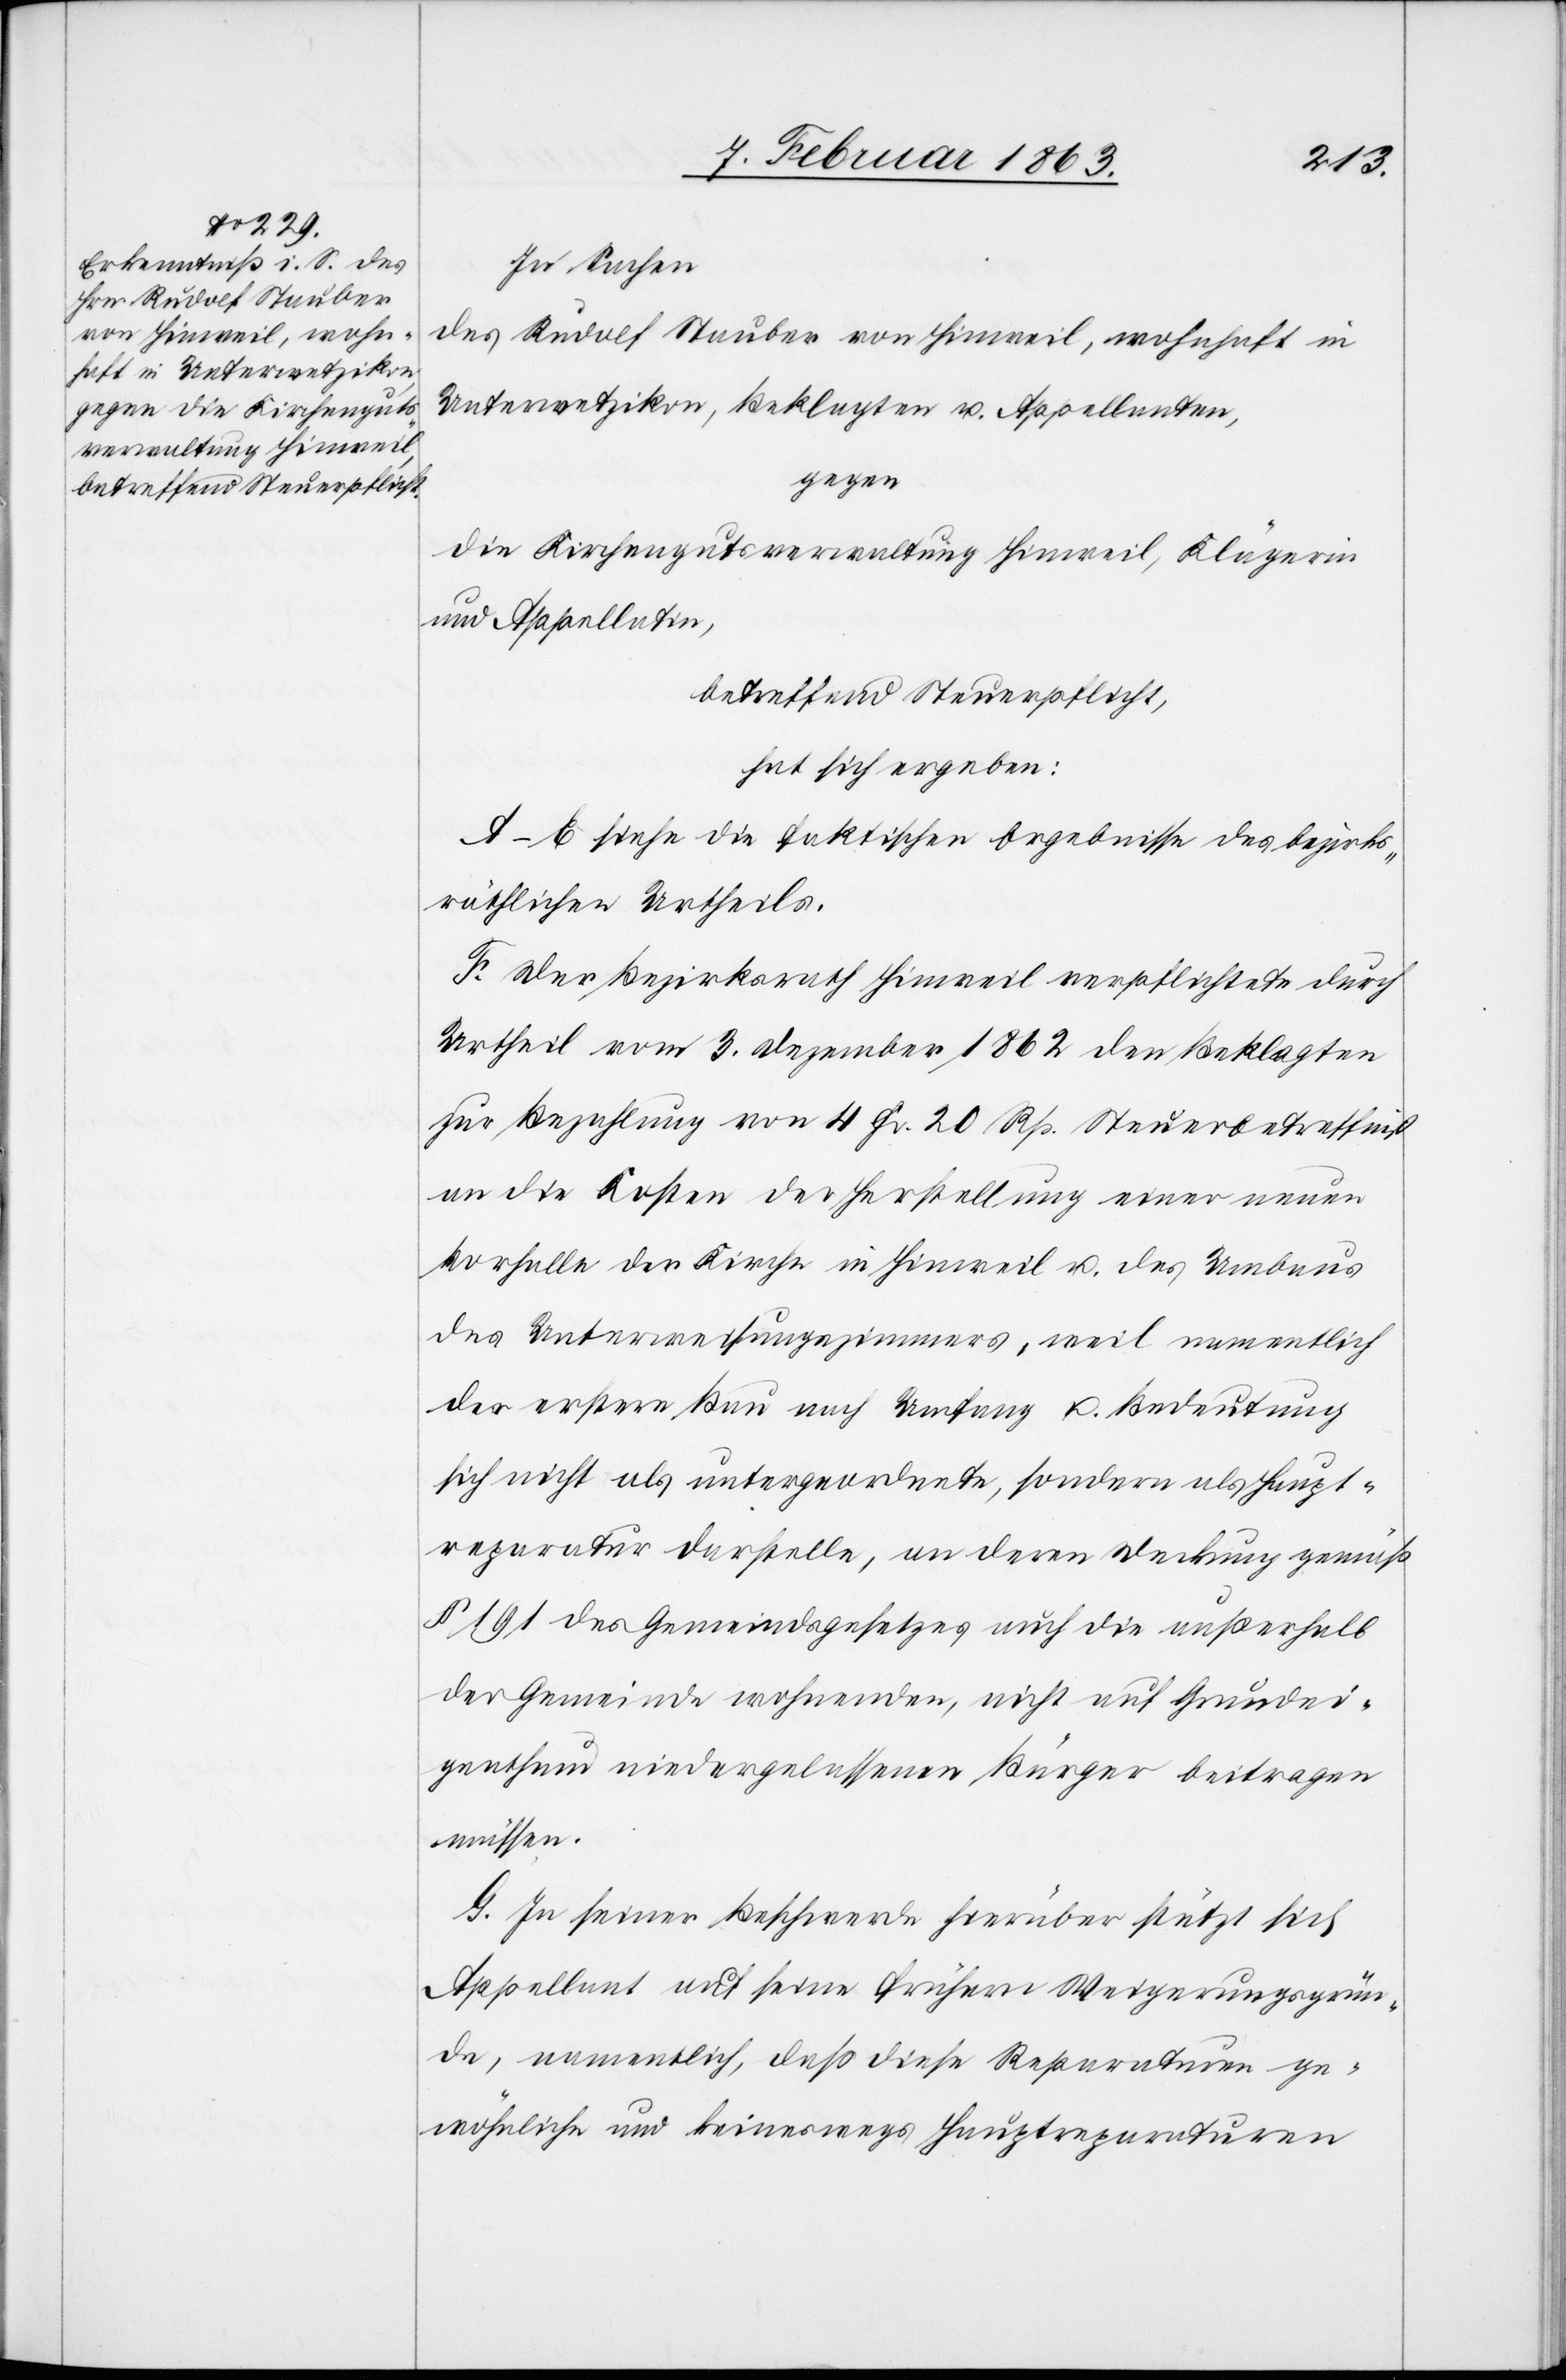
In Sachen
des Rudolf Stauber von Hinweil, wohnhaft in
Unterwetzikon, Beklagten u. Appellanten,
gegen
die Kirchengutsverwaltung Hinweil, Klägerin
und Appellatin,
betreffend Steuerpflicht,
hat sich ergeben:
A–E siehe die faktischen Ergebnisse des bezirks¬
räthlichen Urtheils.
F. Der Bezirksrath Hinweil verpflichtete durch
Urtheil vom 3. Dezember 1862 den Beklagten
zur Bezahlung von 4 Fr. 20 Rp. Steuerbetreffniß
an die Kosten der Herstellung einer neuen
Vorhalle der Kirche in Hinweil u. des Umbaus
des Unterweisungszimmers, weil namentlich
der erstere Bau nach Umfang u. Bedeutung
sich nicht als untergeordnete, sondern als Haupt¬
reparatur darstelle, an deren Deckung gemäß
§ 191 des Gemeindsgesetzes auch die außerhalb
der Gemeinde wohnenden, nicht auf Grundei¬
genthum niedergelassenen Bürger beitragen
müssen.
G. In seiner Beschwerde hierüber stützt sich
Appellant auf seine frühern Weigerungsgrün¬
de, namentlich, daß diese Reparaturen ge¬
wöhnlich und keineswegs Hauptreparaturen